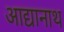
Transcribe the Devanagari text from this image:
आद्यानाथ